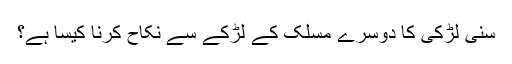
سنی لڑکی کا دوسرے مسلک کے لڑکے سے نکاح کرنا کیسا ہے؟